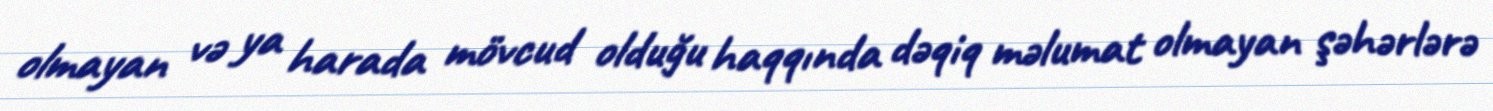
olmayan və ya harada mövcud olduğu haqqında dəqiq məlumat olmayan şəhərlərə